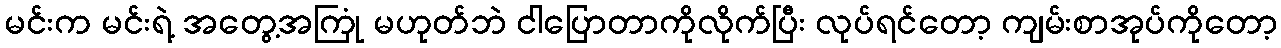
မင်းက မင်းရဲ့ အတွေ့အကြုံ မဟုတ်ဘဲ ငါပြောတာကိုလိုက်ပြီး လုပ်ရင်တော့ ကျမ်းစာအုပ်ကိုတော့